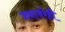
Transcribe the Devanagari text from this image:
जनावरेही